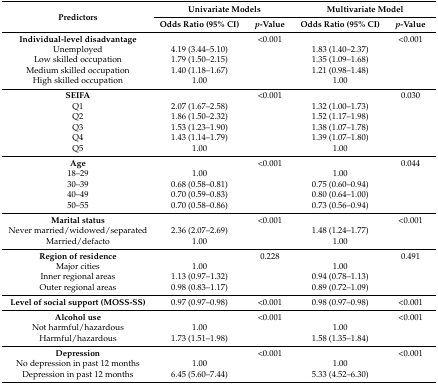
<table><thead><tr><td rowspan="2"><b>Predictors</b></td><td colspan="2"><b>Univariate Models</b></td><td colspan="2"><b>Multivariate Model</b></td></tr><tr><td><b>Odds Ratio (95% CI)</b></td><td><b><i>p</i>-Value</b></td><td><b>Odds Ratio (95% CI)</b></td><td><b><i>p</i>-Value</b></td></tr></thead><tbody><tr><td><b>Individual-level disadvantage</b></td><td></td><td>&lt;0.001</td><td></td><td>&lt;0.001</td></tr><tr><td>Unemployed</td><td>4.19 (3.44–5.10)</td><td></td><td>1.83 (1.40–2.37)</td><td></td></tr><tr><td>Low skilled occupation</td><td>1.79 (1.50–2.15)</td><td></td><td>1.35 (1.09–1.68)</td><td></td></tr><tr><td>Medium skilled occupation</td><td>1.40 (1.18–1.67)</td><td></td><td>1.21 (0.98–1.48)</td><td></td></tr><tr><td>High skilled occupation</td><td>1.00</td><td></td><td>1.00</td><td></td></tr><tr><td><b>SEIFA</b></td><td></td><td>&lt;0.001</td><td></td><td>0.030</td></tr><tr><td>Q1</td><td>2.07 (1.67–2.58)</td><td></td><td>1.32 (1.00–1.73)</td><td></td></tr><tr><td>Q2</td><td>1.86 (1.50–2.32)</td><td></td><td>1.52 (1.17–1.98)</td><td></td></tr><tr><td>Q3</td><td>1.53 (1.23–1.90)</td><td></td><td>1.38 (1.07–1.78)</td><td></td></tr><tr><td>Q4</td><td>1.43 (1.14–1.79)</td><td></td><td>1.39 (1.07–1.80)</td><td></td></tr><tr><td>Q5</td><td>1.00</td><td></td><td>1.00</td><td></td></tr><tr><td><b>Age</b></td><td></td><td>&lt;0.001</td><td></td><td>0.044</td></tr><tr><td>18–29</td><td>1.00</td><td></td><td>1.00</td><td></td></tr><tr><td>30–39</td><td>0.68 (0.58–0.81)</td><td></td><td>0.75 (0.60–0.94)</td><td></td></tr><tr><td>40–49</td><td>0.70 (0.59–0.83)</td><td></td><td>0.80 (0.64–1.00)</td><td></td></tr><tr><td>50–55</td><td>0.70 (0.58–0.86)</td><td></td><td>0.73 (0.56–0.94)</td><td></td></tr><tr><td><b>Marital status</b></td><td></td><td>&lt;0.001</td><td></td><td>&lt;0.001</td></tr><tr><td>Never married/widowed/separated</td><td>2.36 (2.07–2.69)</td><td></td><td>1.48 (1.24–1.77)</td><td></td></tr><tr><td>Married/defacto</td><td>1.00</td><td></td><td>1.00</td><td></td></tr><tr><td><b>Region of residence</b></td><td></td><td>0.228</td><td></td><td>0.491</td></tr><tr><td>Major cities</td><td>1.00</td><td></td><td>1.00</td><td></td></tr><tr><td>Inner regional areas</td><td>1.13 (0.97–1.32)</td><td></td><td>0.94 (0.78–1.13)</td><td></td></tr><tr><td>Outer regional areas</td><td>0.98 (0.83–1.17)</td><td></td><td>0.89 (0.72–1.09)</td><td></td></tr><tr><td><b>Level of social support (MOSS-SS)</b></td><td>0.97 (0.97–0.98)</td><td>&lt;0.001</td><td>0.98 (0.97–0.98)</td><td>&lt;0.001</td></tr><tr><td><b>Alcohol use</b></td><td></td><td>&lt;0.001</td><td></td><td>&lt;0.001</td></tr><tr><td>Not harmful/hazardous</td><td>1.00</td><td></td><td>1.00</td><td></td></tr><tr><td>Harmful/hazardous</td><td>1.73 (1.51–1.98)</td><td></td><td>1.58 (1.35–1.84)</td><td></td></tr><tr><td><b>Depression</b></td><td></td><td>&lt;0.001</td><td></td><td>&lt;0.001</td></tr><tr><td>No depression in past 12 months</td><td>1.00</td><td></td><td>1.00</td><td></td></tr><tr><td>Depression in past 12 months</td><td>6.45 (5.60–7.44)</td><td></td><td>5.33 (4.52–6.30)</td><td></td></tr></tbody></table>